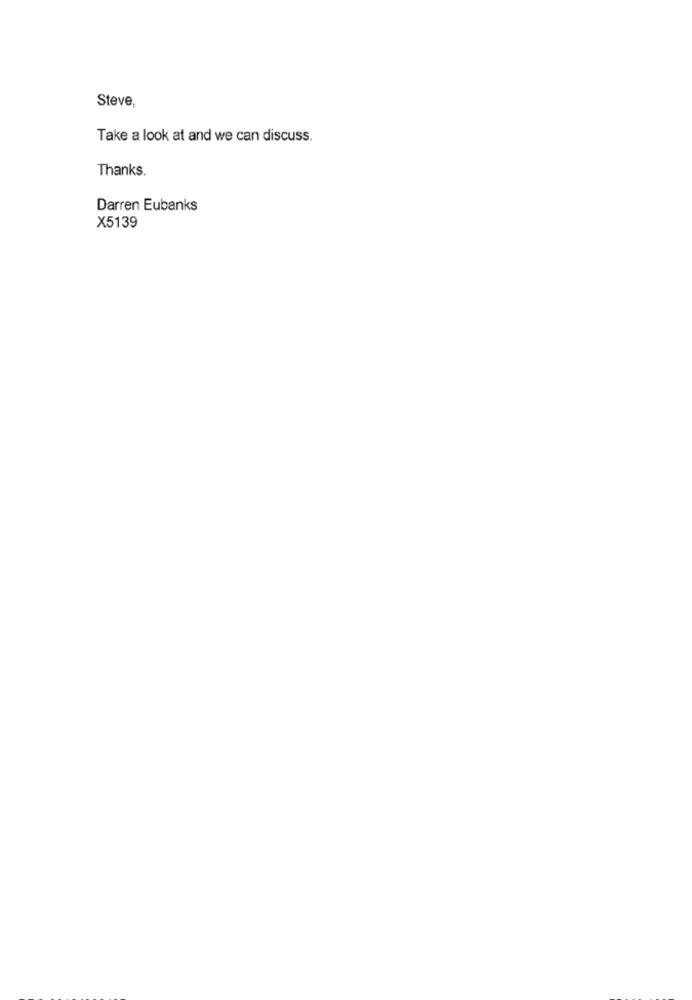
Steve,
Take a look at and we can discuss.
Thanks.
Darren Eubanks
X5139